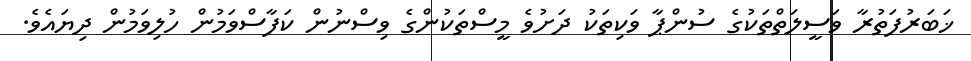
ޚަބަރުފަތުރާ ވަސީލަތްތަކުގެ ސުންޕާ ވަކިތަކު ދަށުވެ މީސްތަކުންގެ ވިސްނުން ކަފާސްވަމުން ހުލިވަމުން ދިޔައެވެ.